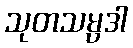
သုတသမ္ပဒါ